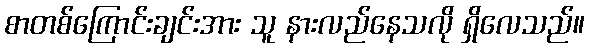
စာတစ်ကြောင်းချင်းအား သူ နားလည်နေသလို ရှိလေသည်။